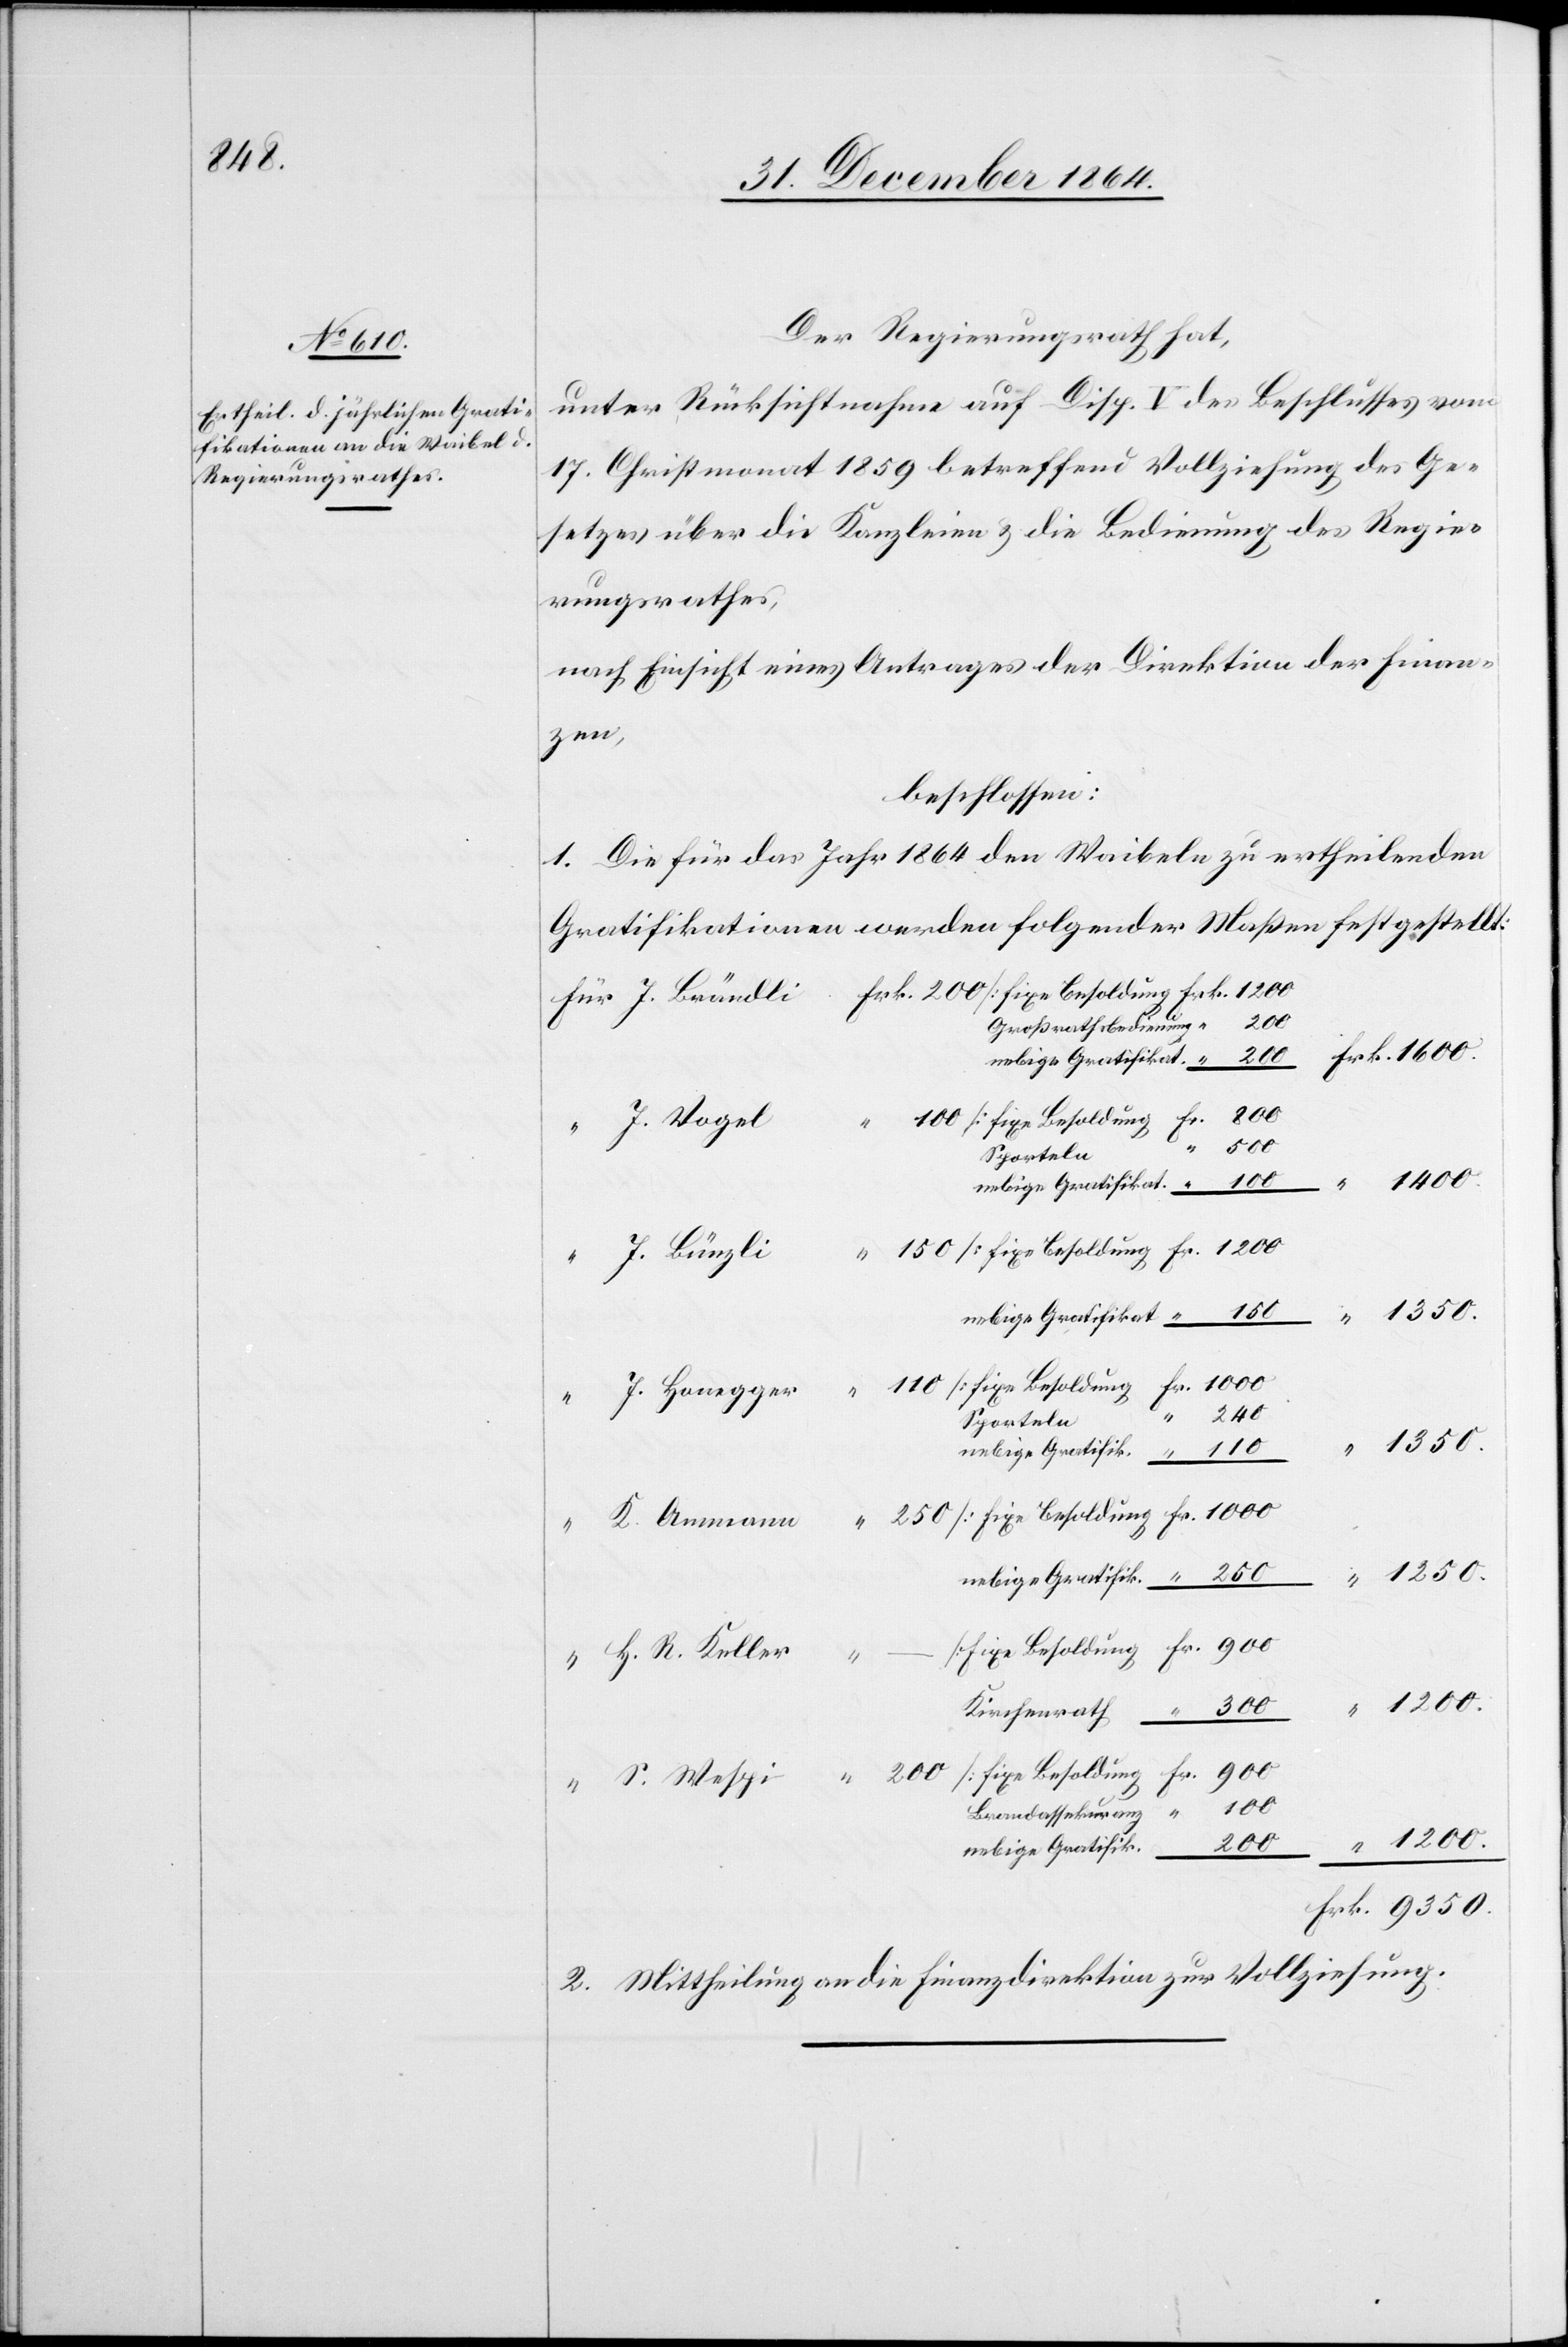
110
Frk.

Der Regierungsrath hat,
unter Rücksichtnahme auf Disp. V des Beschlusses vom
17. Christmonat 1859 betreffend Vollziehung des Ge¬
setzes über die Kanzleien & die Bedienung des Regie¬
rungsrathes,
nach Einsicht eines Antrages der Direktion der Finan¬
zen,
beschlossen:
1. Die für das Jahr 1864 den Waibeln zu ertheilenden
Gratifikationen werden folgender Maßen festgestellt:
9350.
Sporteln
240
S.
nebige Gratifik.
Brandassekuranz
2. Mittheilung an die Finanzdirektion zur Vollziehung.